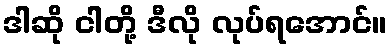
ဒါဆို ငါတို့ ဒီလို လုပ်ရအောင်။